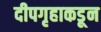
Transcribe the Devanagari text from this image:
दीपगृहाकडून